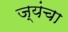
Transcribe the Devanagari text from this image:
ज्यंचा